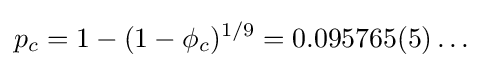
p_{c}=1-(1-\phi _{c})^{1/9}=0.095765(5)\ldots